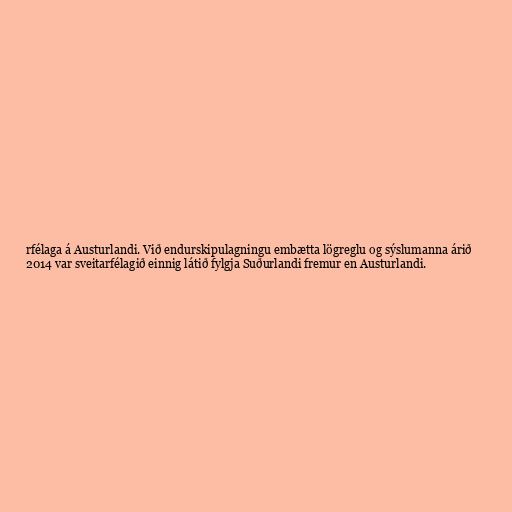
rfélaga á Austurlandi. Við endurskipulagningu embætta lögreglu og sýslumanna árið
2014 var sveitarfélagið einnig látið fylgja Suðurlandi fremur en Austurlandi.